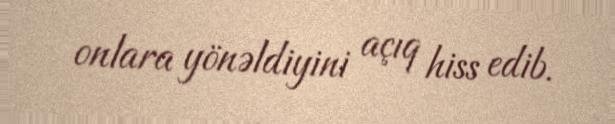
onlara yönəldiyini açıq hiss edib.